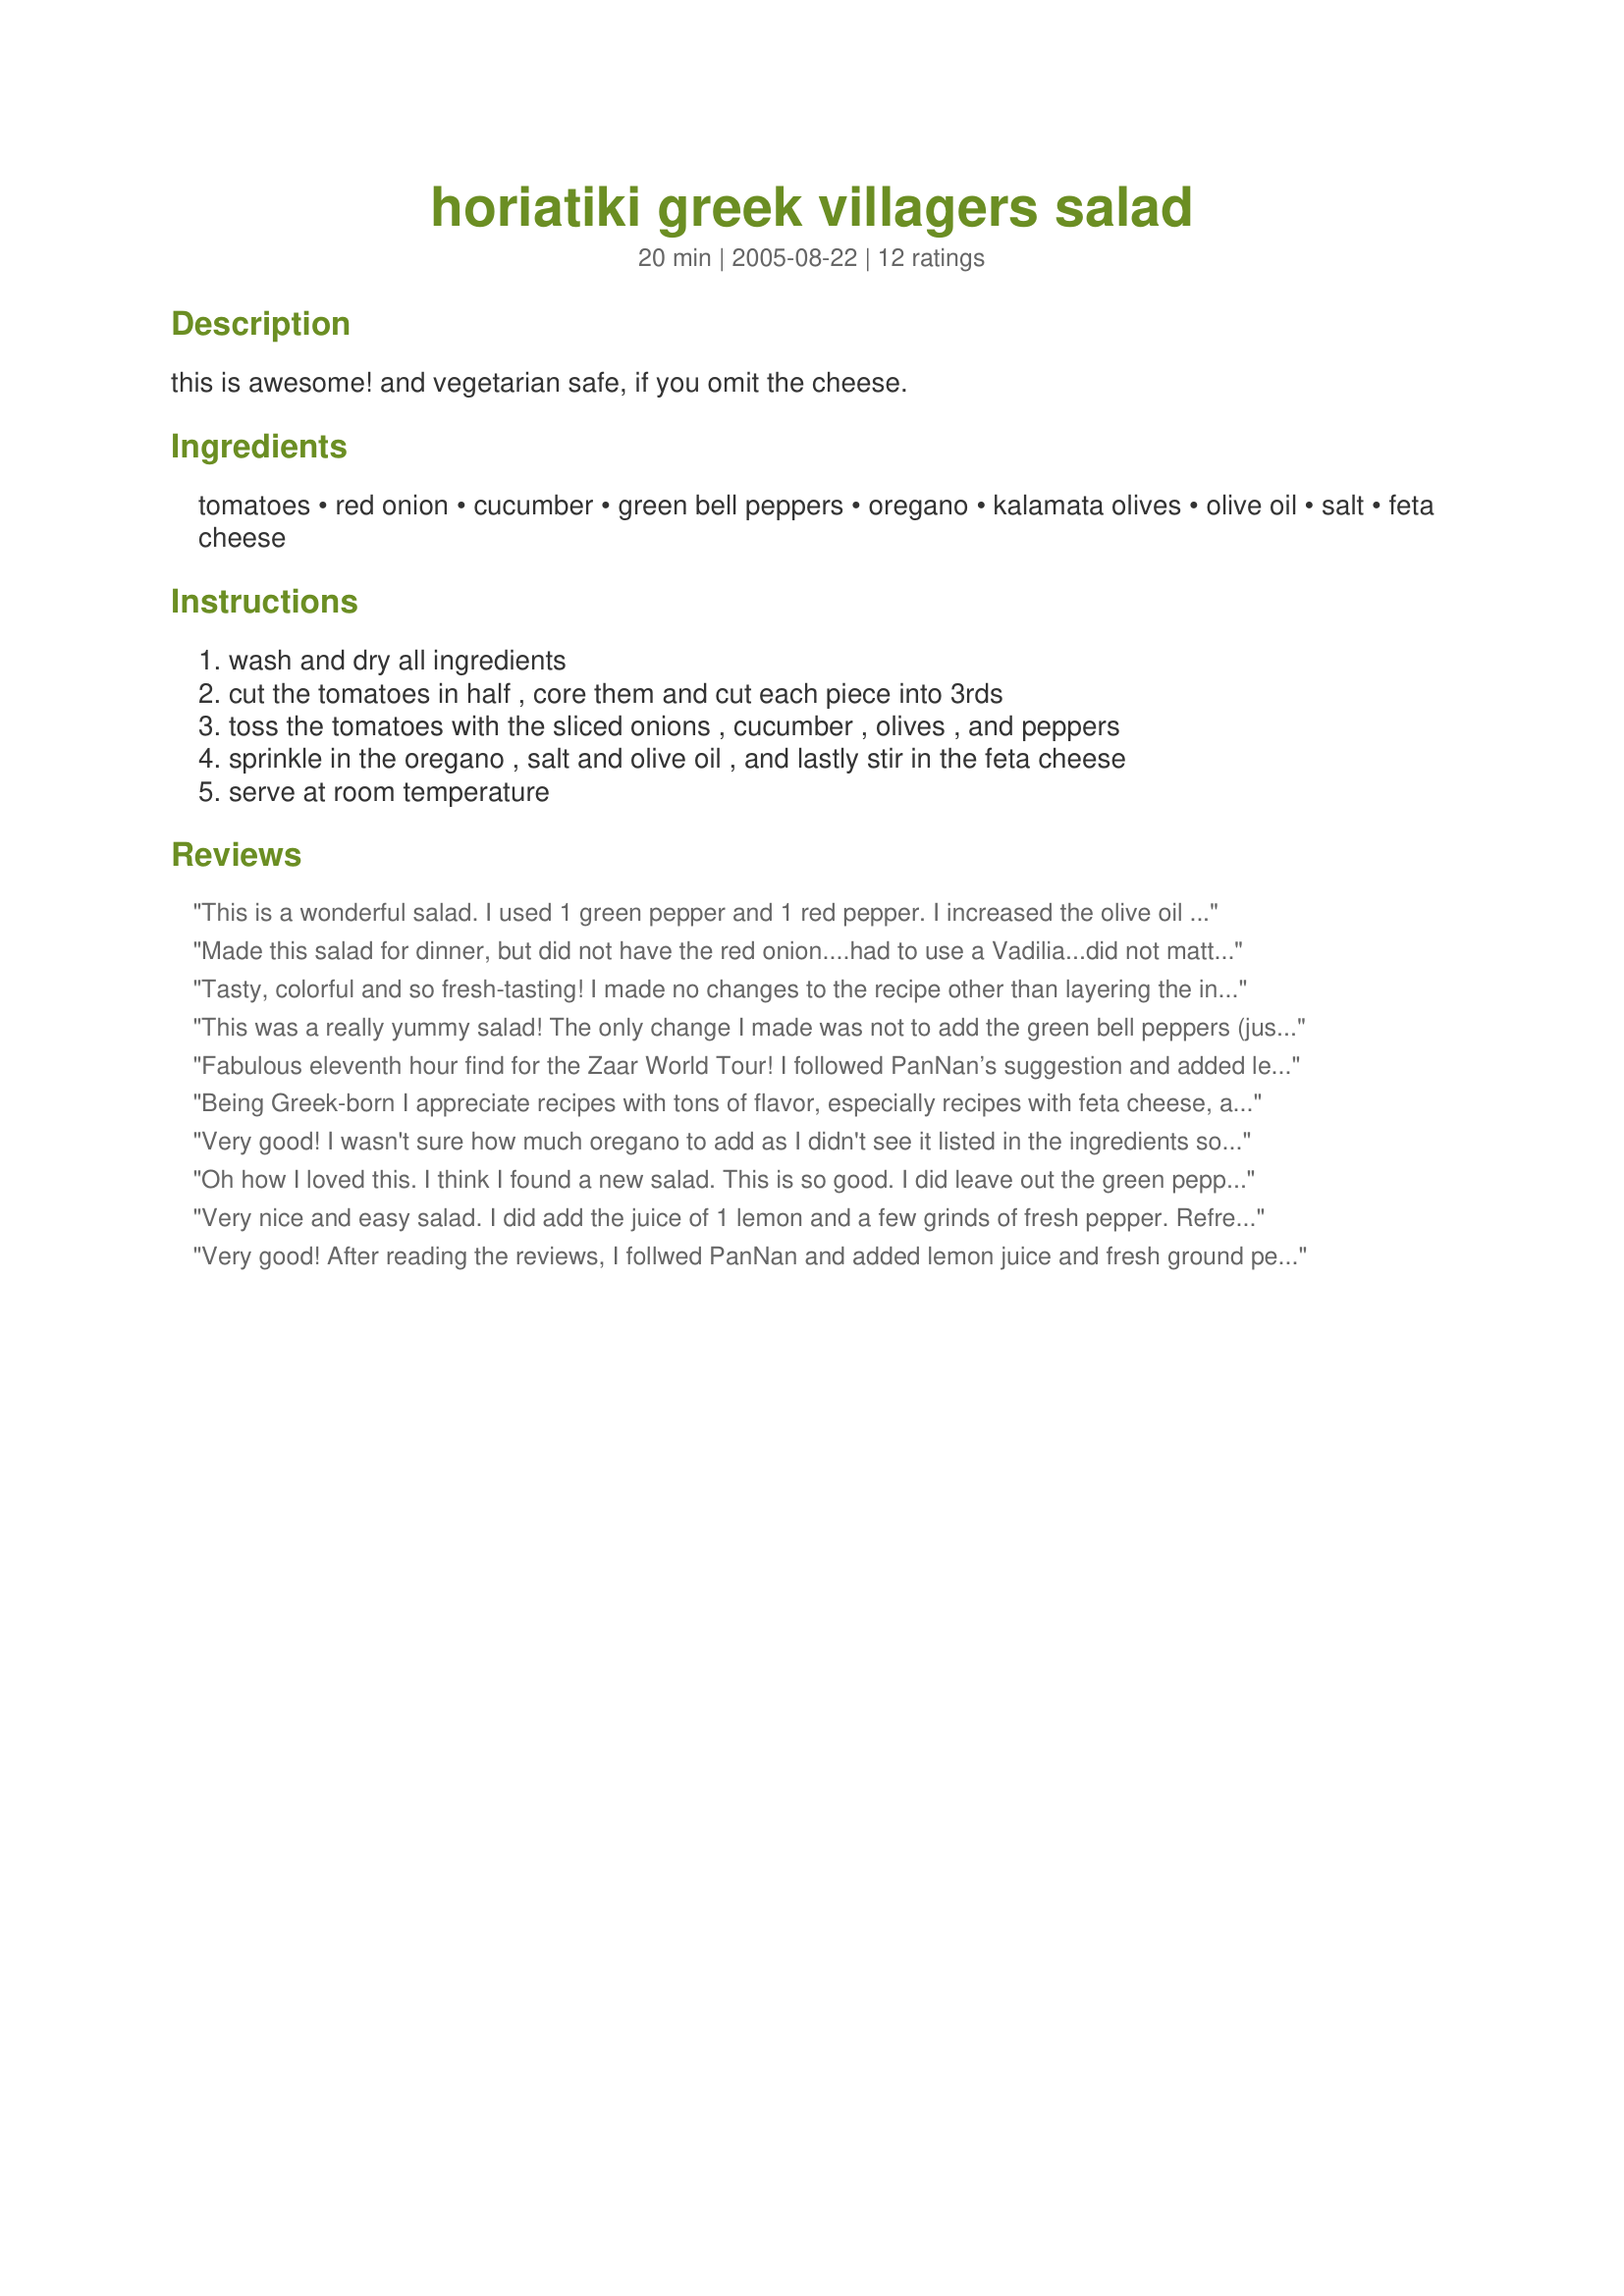
horiatiki greek villagers salad
Preparation time: 20 minutes

this is awesome! and vegetarian safe, if you omit the cheese.

Ingredients:
tomatoes, red onion, cucumber, green bell peppers, oregano, kalamata olives, olive oil, salt, feta cheese

Steps:
wash and dry all ingredients
cut the tomatoes in half , core them and cut each piece into 3rds
toss the tomatoes with the sliced onions , cucumber , olives , and peppers
sprinkle in the oregano , salt and olive oil , and lastly stir in the feta cheese
serve at room temperature

Reviews:
This is a wonderful salad. I used 1 green pepper and 1 red pepper. I increased the olive oil and olives and added lemon juice and black pepper. I had a small amount leftover so ate it the next day. It's even better the second day. Thanks for sharing.
Made this salad for dinner, but did not have the red onion....had to use a Vadilia...did not matter, it was still a fantastic salad.
Tasty, colorful and so fresh-tasting! I made no changes to the recipe other than layering the ingredients for presentation. This is a great way to use the fresh summer produce with a greek flair. Thanx for sharing!
This was a really yummy salad! The only change I made was not to add the green bell peppers (just because I don't like raw peppers) and it still turned out great! I didn't even tell my husband that the recipe called for green bell peppers and he still gave it rave reviews!
Fabulous eleventh hour find for the Zaar World Tour! I followed PanNan’s suggestion and added lemon juice and fresh ground pepper (thank you, PanNan), and I used red peppers instead of green – simply because I find them more flavoursome. I love it that this is a salad I can make and take to work for lunches for a few days, that it’s not a “serve immediately” salad! I love all the ingredients in this salad, but particularly those kalamata olives. I’ll be making this often, Little Italy! Thanks so much for sharing this recipe!
Being Greek-born I appreciate recipes with tons of flavor, especially recipes with feta cheese, and this happens to be one of them. I had cucumbers from my garden still in the fridge wrapped tightly with plastic wrap to preserve them, and I wanted to use some up. I was impressed with this salad. I increased the olive oil and kalamata olives and added black pepper, lots of black pepper! We enjoyed this salad tonight and will make it again soon! thanks for sharing, Kittencal:)
Very good! I wasn't sure how much oregano to add as I didn't see it listed in the ingredients so used about a teaspoon. I also added some vinegar to the salad as I wanted a little more zing.
Oh how I loved this. I think I found a new salad. This is so good. I did leave out the green pepper as I do not care for it but I don't think that makes a big difference. It has everything in it I love and with the olives, they give a very deep flavor you do not get from regular olives
Very nice and easy salad. I did add the juice of 1 lemon and a few grinds of fresh pepper. Refreshing. I'll make this again. Thanks for sharing Little Italy.
Very good! After reading the reviews, I follwed PanNan and added lemon juice and fresh ground pepper. Also, I was able to reduce the olive oil by half. This is something I will be making again. Thanks!
I used lemon juice also, it made an awesome salad!

Thank you Little Italy!!

Paula G's photo convinced me to try this salad and I am so glad I did! I also added the lemon juice and some fresh pepper!!! Oh my! thanks Megan!!!!!!
